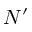
N ^ { \prime }